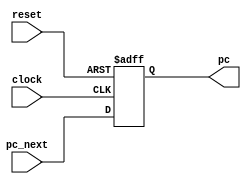
/********/
/* pc.v */
/********/

//
//  0x00400000
//

//                +----+
//         clock->|    |
//         reset->|    |
// pc_next[31:0]->|    |->pc[31:0]
//                +----+

module pc (clock, reset, pc_next, pc);  // 

  input       clock, reset;   //  , 
  input  [31:0]    pc_next;   //  32-bit PC
  output [31:0]         pc;   //  32-bit PC

  reg    [31:0]     pc_reg;   // PC

  // Always : 
  // : clock, reset, pc_next
  // : pc_reg
  // : pc_reg
  always @(posedge clock or negedge reset) begin
    if (reset == 1'b0) begin
	pc_reg <= 32'h00400000;
    end else begin
	pc_reg <= pc_next;
    end
  end

  assign pc = pc_reg;   
endmodule